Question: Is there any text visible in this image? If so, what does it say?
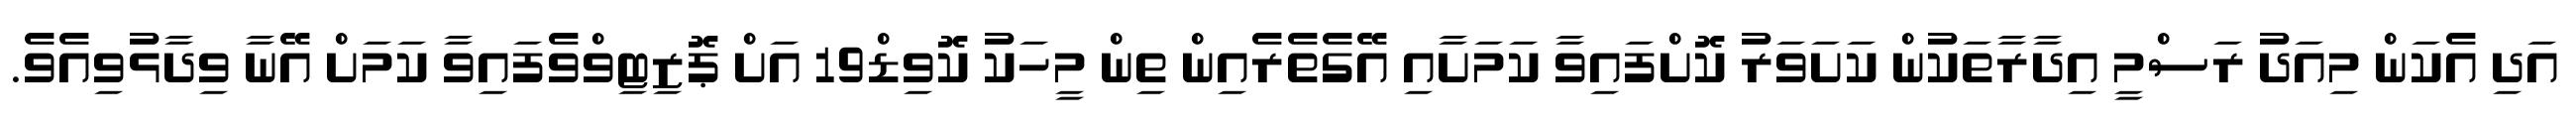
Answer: އަދި އެކަން މިއަދު ރަސްމީ އިދާރާތަކުން ކަށަވަރު ކޮށްފައިވާ ކަމަށާއި އޭގެތެރެއިން ތިން މީހަކު ކޮވިޑް19 އަށް ޕޮޒިޓިވްވެފައިވާ ކަމަށް އޭނާ ވިދާޅުވިއެވެ.